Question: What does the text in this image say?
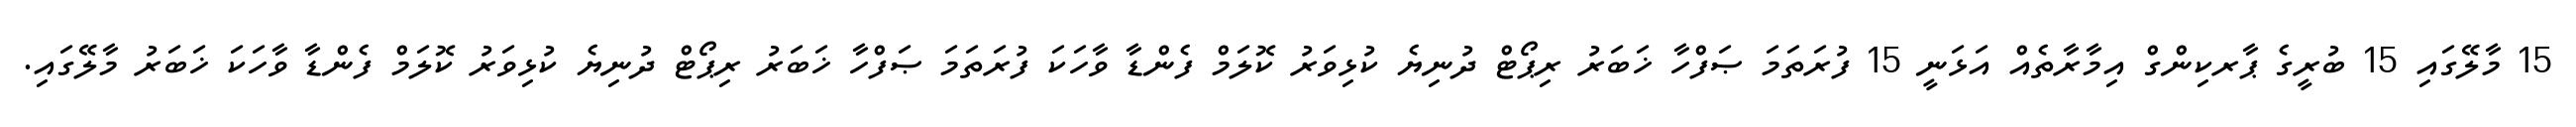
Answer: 15 މާލޭގައި 15 ބުރީގެ ޕާރކިންގް އިމާރާތެއް އަޅަނީ 15 ފުރަތަމަ ޞަފްހާ ޚަބަރު ރިޕޯޓް ދުނިޔެ ކުޅިވަރު ކޮލަމް ފެންޑާ ވާހަކަ ފުރަތަމަ ޞަފްހާ ޚަބަރު ރިޕޯޓް ދުނިޔެ ކުޅިވަރު ކޮލަމް ފެންޑާ ވާހަކަ ޚަބަރު މާލޭގައި.